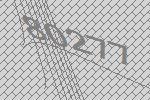
80277